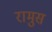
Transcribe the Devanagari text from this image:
रामुस